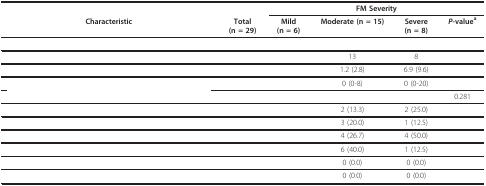
<table><thead><tr><td>[EMPTY_CELL]</td><td>[EMPTY_CELL]</td><td colspan="4"><b>FM Severity</b></td></tr><tr><td><b>Characteristic</b></td><td><b>Total(n = 29)</b></td><td><b>Mild(n = 6)</b></td><td><b>Moderate (n = 15)</b></td><td><b>Severe(n = 8)</b></td><td><b><i>P</i>-value<sup>a</sup></b></td></tr></thead><tbody><tr><td>[EMPTY_CELL]</td><td>[EMPTY_CELL]</td><td>[EMPTY_CELL]</td><td>[EMPTY_CELL]</td><td>[EMPTY_CELL]</td><td>[EMPTY_CELL]</td></tr><tr><td>[EMPTY_CELL]</td><td>[EMPTY_CELL]</td><td>[EMPTY_CELL]</td><td>13</td><td>8</td><td>[EMPTY_CELL]</td></tr><tr><td>[EMPTY_CELL]</td><td>[EMPTY_CELL]</td><td>[EMPTY_CELL]</td><td>1.2 (2.8)</td><td>6.9 (9.6)</td><td>[EMPTY_CELL]</td></tr><tr><td>[EMPTY_CELL]</td><td>[EMPTY_CELL]</td><td>[EMPTY_CELL]</td><td>0 (0-8)</td><td>0 (0-20)</td><td>[EMPTY_CELL]</td></tr><tr><td>[EMPTY_CELL]</td><td>[EMPTY_CELL]</td><td>[EMPTY_CELL]</td><td>[EMPTY_CELL]</td><td>[EMPTY_CELL]</td><td>0.281</td></tr><tr><td>[EMPTY_CELL]</td><td>[EMPTY_CELL]</td><td>[EMPTY_CELL]</td><td>2 (13.3)</td><td>2 (25.0)</td><td>[EMPTY_CELL]</td></tr><tr><td>[EMPTY_CELL]</td><td>[EMPTY_CELL]</td><td>[EMPTY_CELL]</td><td>3 (20.0)</td><td>1 (12.5)</td><td>[EMPTY_CELL]</td></tr><tr><td>[EMPTY_CELL]</td><td>[EMPTY_CELL]</td><td>[EMPTY_CELL]</td><td>4 (26.7)</td><td>4 (50.0)</td><td>[EMPTY_CELL]</td></tr><tr><td>[EMPTY_CELL]</td><td>[EMPTY_CELL]</td><td>[EMPTY_CELL]</td><td>6 (40.0)</td><td>1 (12.5)</td><td>[EMPTY_CELL]</td></tr><tr><td>[EMPTY_CELL]</td><td>[EMPTY_CELL]</td><td>[EMPTY_CELL]</td><td>0 (0.0)</td><td>0 (0.0)</td><td>[EMPTY_CELL]</td></tr><tr><td>[EMPTY_CELL]</td><td>[EMPTY_CELL]</td><td>[EMPTY_CELL]</td><td>0 (0.0)</td><td>0 (0.0)</td><td>[EMPTY_CELL]</td></tr></tbody></table>